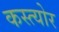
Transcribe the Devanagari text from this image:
कस्त्योर